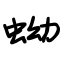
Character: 蚴